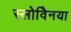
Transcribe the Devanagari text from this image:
स्लोवेिनया